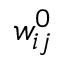
w _ { i j } ^ { 0 }